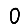
Digit: 0